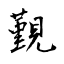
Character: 覲